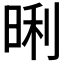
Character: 𭦏